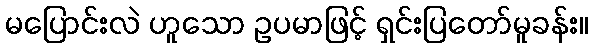
မပြောင်းလဲ ဟူသော ဥပမာဖြင့် ရှင်းပြတော်မူခန်း။